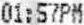
01:57PM